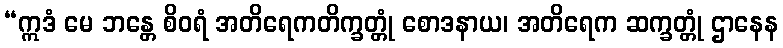
“ဣဒံ မေ ဘန္တေ စိဝရံ အတိရေကတိက္ခတ္တုံ စောဒနာယ၊ အတိရေက ဆက္ခတ္တုံ ဌာနေန